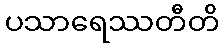
ပသာရေဿတီတိ